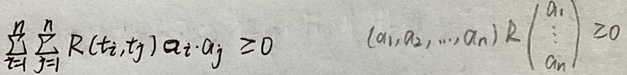
\[
\sum_{i = 1}^{n}\sum_{j = 1}^{n}R(t_i,t_j)\alpha_i\cdot\alpha_j \geq 0\quad
(\alpha_1,\alpha_2,\cdots,\alpha_n)R\begin{pmatrix}
\alpha_1\\
\vdots\\
\alpha_n
\end{pmatrix}\geq 0
\]